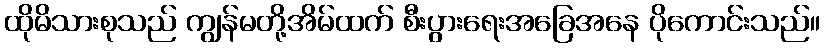
ထိုမိသားစုသည် ကျွန်မတို့အိမ်ထက် စီးပွားရေးအခြေအနေ ပိုကောင်းသည်။